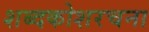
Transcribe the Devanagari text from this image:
शब्दकोशरचना